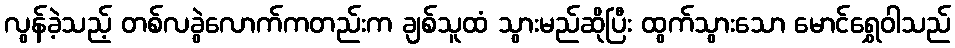
လွန်ခဲ့သည့် တစ်လခွဲလောက်ကတည်းက ချစ်သူထံ သွားမည်ဆိုပြီး ထွက်သွားသော မောင်ရွှေဝါသည်